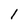
Character: 1